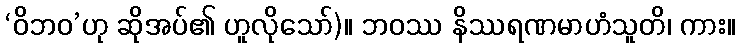
‘ဝိဘဝ’ဟု ဆိုအပ်၏ ဟူလိုသော်)။ ဘဝဿ နိဿရဏမာဟံသူတိ၊ ကား။